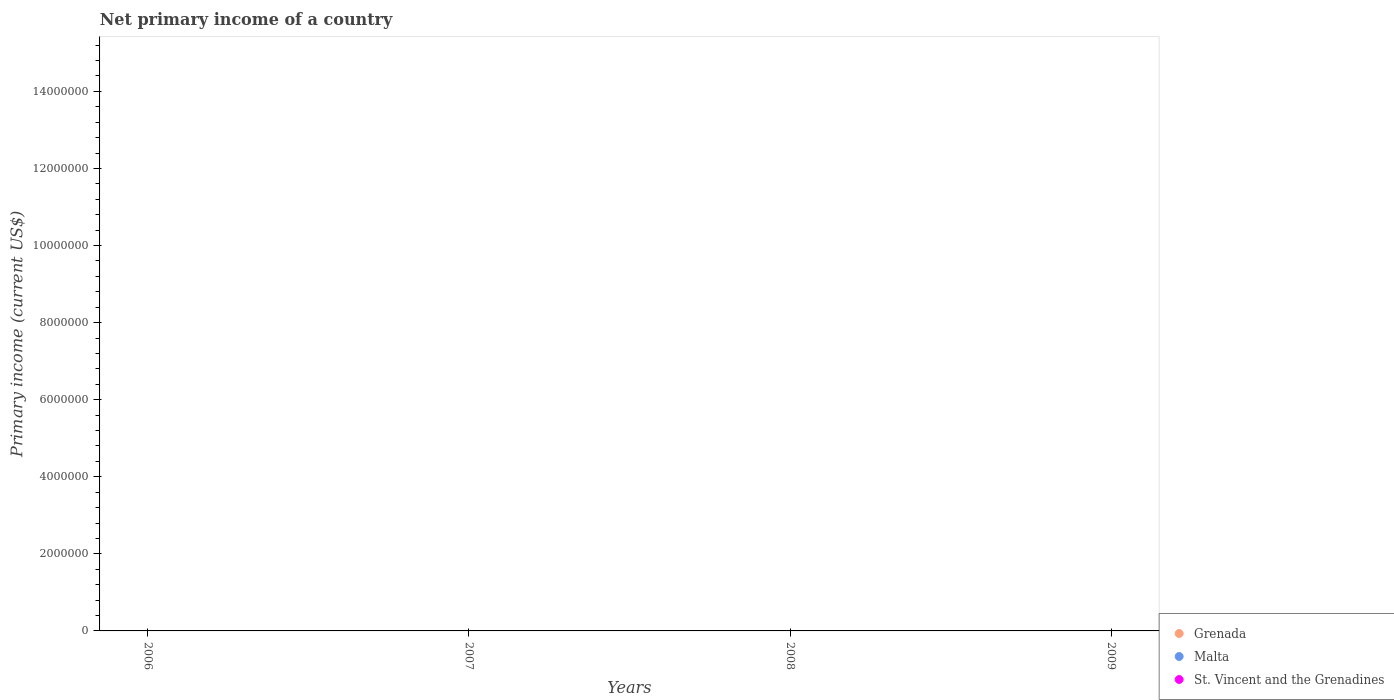
| Years | Grenada | Malta | St. Vincent and the Grenadines |
 | --- | --- | --- | --- |
 | 2006 | -2.89e+07 | -2.14e+08 | -2.57e+07 |
 | 2007 | -4.11e+07 | -1.68e+08 | -2.2e+07 |
 | 2008 | -4.27e+07 | -2.26e+08 | -2.28e+07 |
 | 2009 | -6.3e+07 | -5.82e+08 | -1.3e+07 |